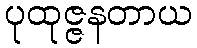
ပုထုဇ္ဇနတာယ